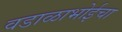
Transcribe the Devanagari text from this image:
वडाळाभोईचा